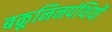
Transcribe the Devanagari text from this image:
बकूनिनपंथियों